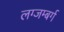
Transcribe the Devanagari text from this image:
लग्जम्बर्ग